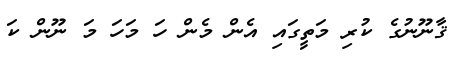
ޤާނޫނުގެ ކުރި މަތީގައި އެން މެން ހަ މަހަ މަ ނޫން ކަ